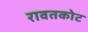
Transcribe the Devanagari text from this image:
रावतकोट